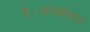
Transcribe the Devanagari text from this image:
है।अल्कोहल